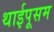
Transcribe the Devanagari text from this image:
थाईपूसम